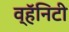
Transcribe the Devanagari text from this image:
व्हॅनिटी